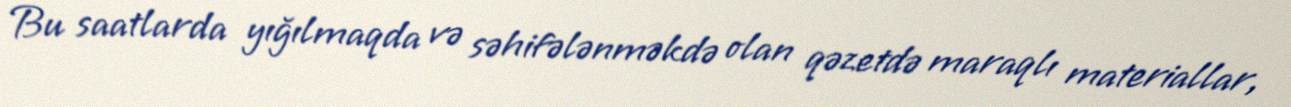
Bu saatlarda yığılmaqda və səhifələnməkdə olan qəzetdə maraqlı materiallar,